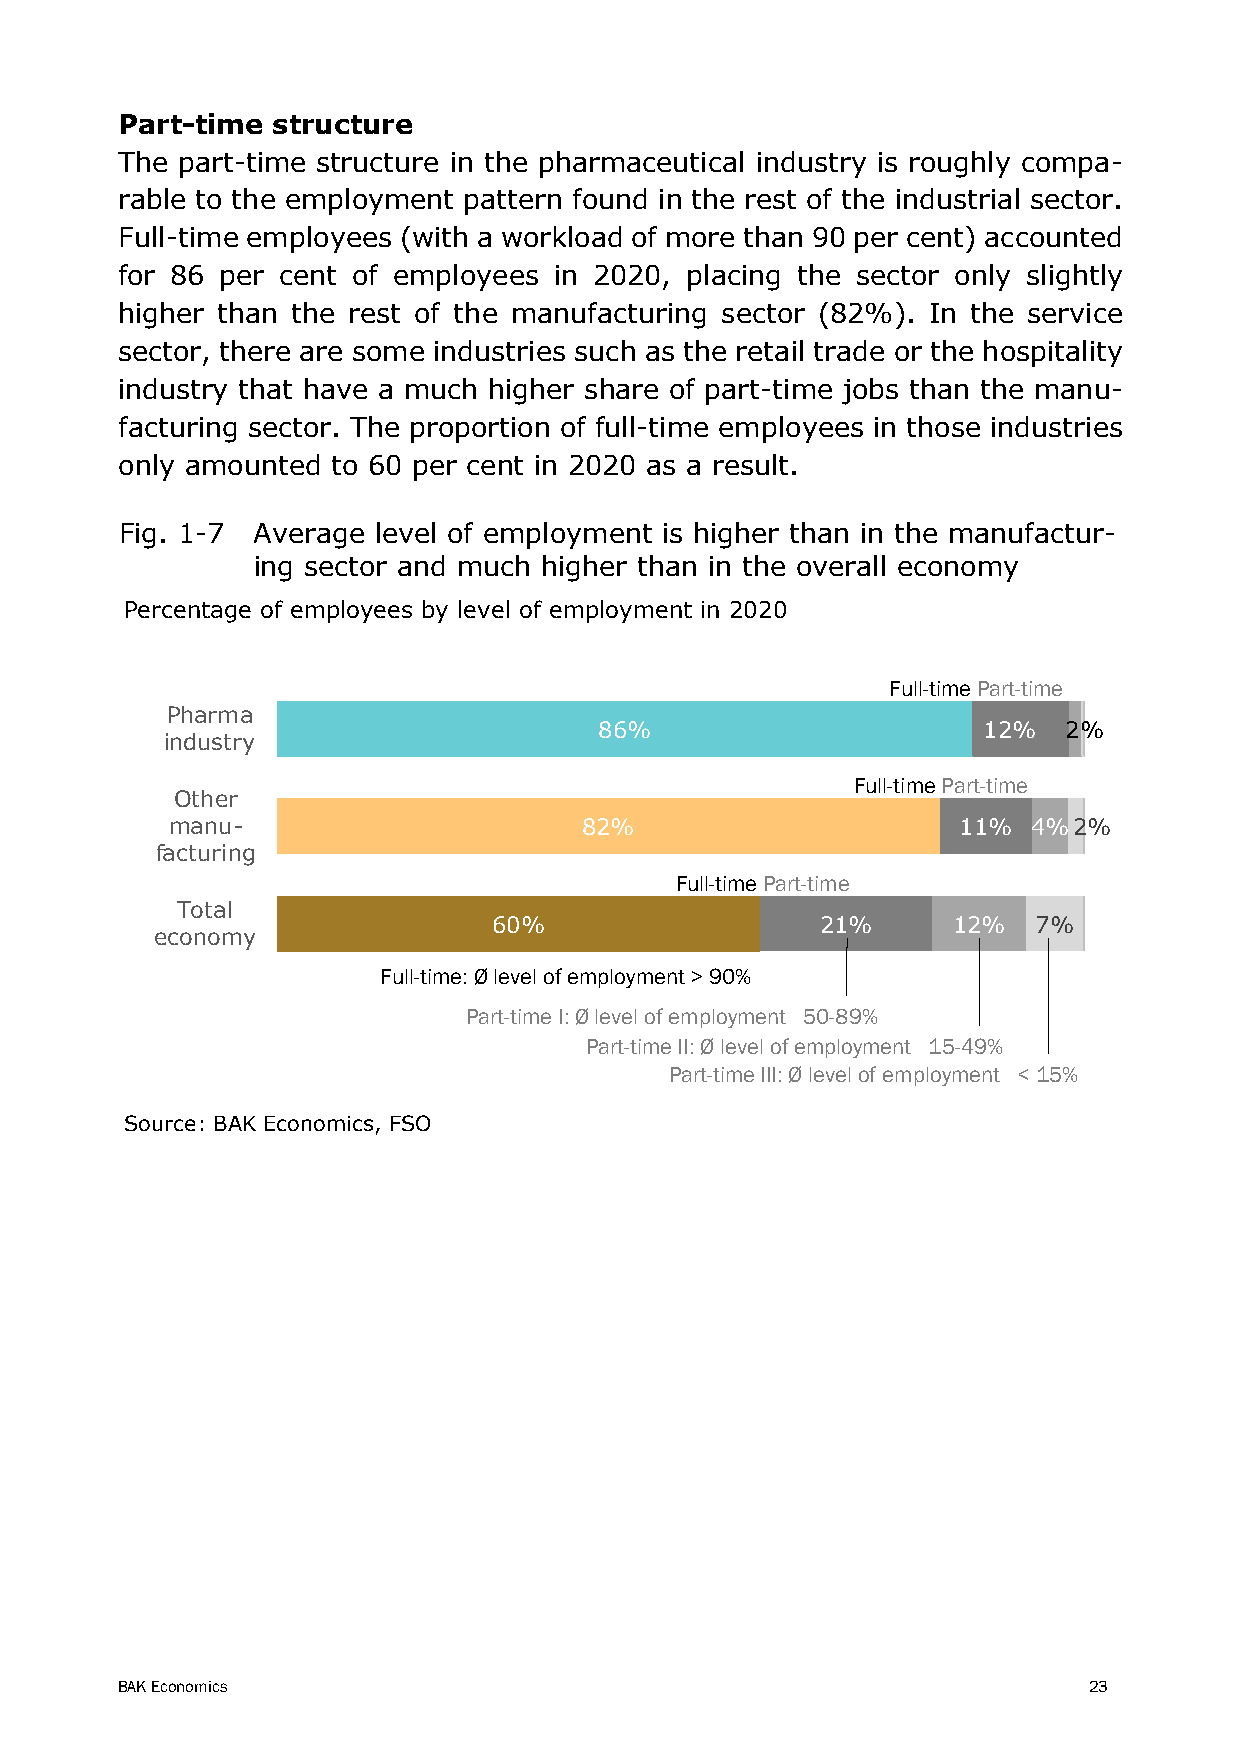
Part-time structure
 The part-time structure in the pharmaceutical industry is roughly compa-
 rable to the employment pattern found in the rest of the industrial sector.
 Full-time employees (with a workload of more than 90 per cent) accounted
 for 86 per cent of employees in 2020, placing the sector only slightly
 higher than the rest of the manufacturing sector (82%). In the service
 sector, there are some industries such as the retail trade or the hospitality
 industry that have a much higher share of part-time jobs than the manu-
 facturing sector. The proportion of full-time employees in those industries
 only amounted to 60 per cent in 2020 as a result.
 Fig. 1-7 Average level of employment is higher than in the manufactur-
 ing sector and much higher than in the overall economy
 Percentage of employees by level of employment in 2020
 Full-time Part-time
 Pharma
 86%                      12%  2%
 industry
 Full-time Part-time
 Other
 manu-                      82%                      11%  4%2%
 facturing
 Full-time Part-time
 Total
 60%                  21%      12%  7%
 economy
 Full-time: Ø level of employment > 90%
 Part-time I: Ø level of employment 50-89%
 Part-time II: Ø level of employment 15-49%
 Part-time III: Ø level of employment < 15%
 Source: BAK Economics, FSO
 BAK Economics                                                   23